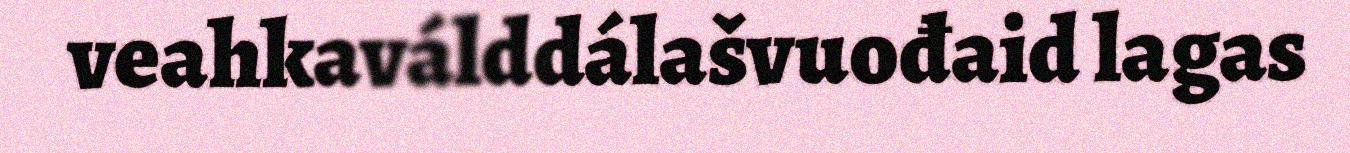
veahkaválddálašvuođaid lagas